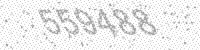
Solution: 559488